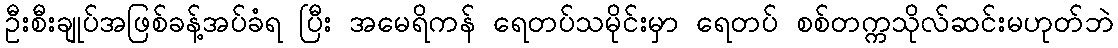
ဦးစီးချုပ်အဖြစ်ခန့်အပ်ခံရ ပြီး အမေရိကန် ရေတပ်သမိုင်းမှာ ရေတပ် စစ်တက္ကသိုလ်ဆင်းမဟုတ်ဘဲ